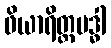
ဖိယာရိတ္တဗဒ္ဓါ